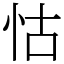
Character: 怙